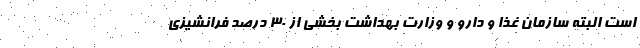
است البته سازمان غذا و دارو و وزارت بهداشت بخشی از ۳۰ درصد فرانشیزی